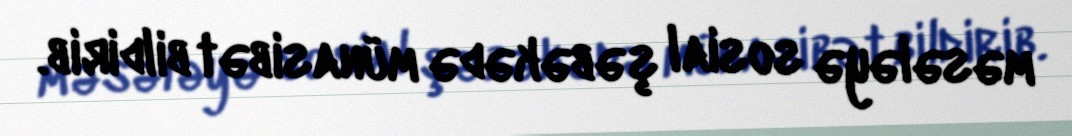
məsələyə sosial şəbəkədə münasibət bildirib.